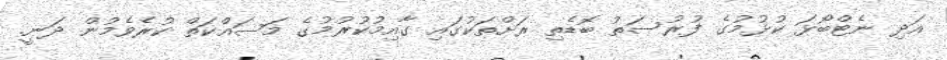
އަދި ނެޓްބޯޅަ ކުޅުމުގެ ފުރުސަތު ބޮޑެތި ރަށްތަކުގައި ގާއިމުކުރުމުގެ މަސައްކަތް ކުރެވެމުން ދަނީ.